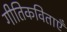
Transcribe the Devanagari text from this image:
गीतिकविताएँ